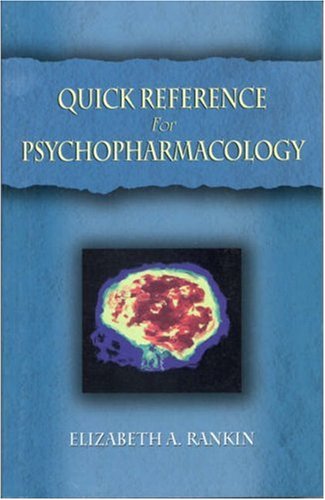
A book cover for Quick Reference for Psychopharmacology; Elizabeth Anne Rankin; Medical Books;